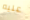
عليه